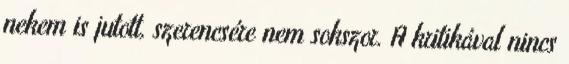
nekem is jutott, szerencsére nem sokszor. A kritikával nincs